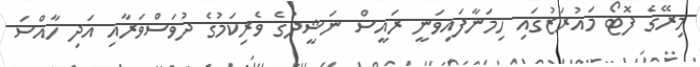
މިރޭގެ ފޮޓޯ މައުރަޒުގައި ހިމަނާފައިވަނީ ރައީސް ނަޝީދުގެ ވެރިކަމުގެ ދުވަސްވަރާއި އަދި ހާއްސަ